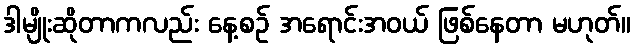
ဒါမျိုးဆိုတာကလည်း နေ့စဉ် အရောင်းအဝယ် ဖြစ်နေတာ မဟုတ်။